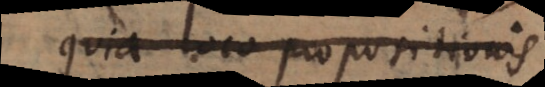
quia loco propositionis